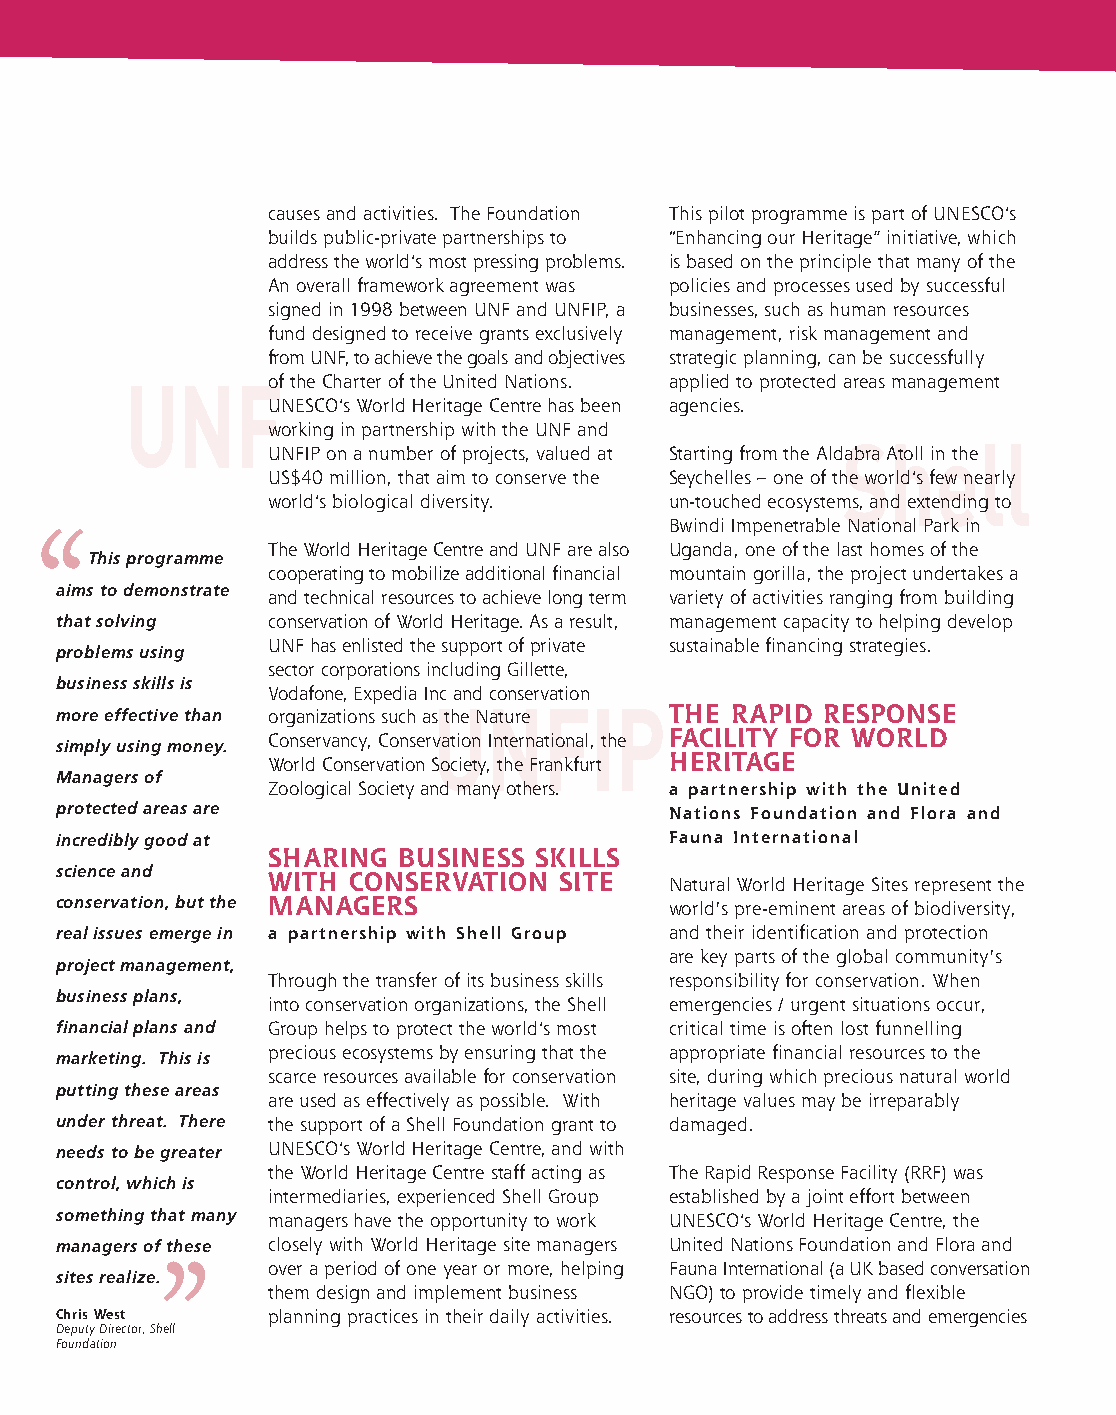
fiche Culture_3 volets_UK 1/11/06 16:42 Page 2
 causes and activities. The Foundation This pilot programme is part of UNESCO’s
 builds public-private partnerships to “Enhancing our Heritage” initiative, which
 address the world’s most pressing problems. is based on the principle that many of the
 An overall framework agreement was policies and processes used by successful
 signed in 1998 between UNF and UNFIP, a businesses, such as human resources
 fund designed to receive grants exclusively management, risk management and
 from UNF, to achieve the goals and objectives strategic planning, can be successfully
 UNFof      the Charter of the United Nations. applied to protected areas management
 UNESCO’s World Heritage Centre has been agencies.
 working in partnership with the UNF and
 Shell
 UNFIP on a number of projects, valued at Starting from the Aldabra Atoll in the
 US$40 million, that aim to conserve the Seychelles – one of the world’s few nearly
 world’s biological diversity. un-touched ecosystems, and extending to
 ‘‘                                        Bwindi Impenetrable National Park in
 The World Heritage Centre and UNF are also Uganda, one of the last homes of the
 This programme
 cooperating to mobilize additional financial mountain gorilla, the project undertakes a
 aims to demonstrate
 and technical resources to achieve long term variety of activities ranging from building
 that solving  conservation of World Heritage. As a result, management capacity to helping develop
 UNF has enlisted the support of private sustainable financing strategies.
 problems using
 sector corporations including Gillette,
 business skills is
 Vodafone, Expedia Inc and conservation
 UNFIP
 more effective than organizations such as the Nature THE RAPID RESPONSE
 simply using money. Conservancy, Conservation International, the FACILITY FOR WORLD
 World Conservation Society, the Frankfurt HERITAGE
 Managers of
 Zoological Society and many others. a partnership with the United
 protected areas are                      Nations Foundation and Flora and
 incredibly good at                       Fauna International
 SHARING  BUSINESS SKILLS
 science and
 WITH  CONSERVATION  SITE   Natural World Heritage Sites represent the
 conservation, but the MANAGERS           world's pre-eminent areas of biodiversity,
 real issues emerge in a partnership with Shell Group and their identification and protection
 are key parts of the global community's
 project management,
 Through the transfer of its business skills responsibility for conservation. When
 business plans,
 into conservation organizations, the Shell emergencies / urgent situations occur,
 financial plans and Group helps to protect the world’s most critical time is often lost funnelling
 precious ecosystems by ensuring that the appropriate financial resources to the
 marketing. This is
 scarce resources available for conservation site, during which precious natural world
 putting these areas
 are used as effectively as possible. With heritage values may be irreparably
 under threat. There the support of a Shell Foundation grant to damaged.
 needs to be greater UNESCO’s World Heritage Centre, and with
 the World Heritage Centre staff acting as The Rapid Response Facility (RRF) was
 control, which is
 intermediaries, experienced Shell Group established by a joint effort between
 something that many managers have the opportunity to work UNESCO’s World Heritage Centre, the
 managers of these closely with World Heritage site managers United Nations Foundation and Flora and
 ’’
 over a period of one year or more, helping Fauna International (a UK based conversation
 sites realize.
 them design and implement business NGO) to provide timely and flexible
 Chris West    planning practices in their daily activities. resources to address threats and emergencies
 Deputy Director, Shell
 Foundation